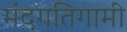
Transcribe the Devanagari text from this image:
मंदगतिगामी